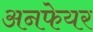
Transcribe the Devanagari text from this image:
अनफेयर